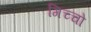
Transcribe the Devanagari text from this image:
गिच्चो